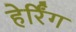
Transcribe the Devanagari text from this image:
हेर्रिंग